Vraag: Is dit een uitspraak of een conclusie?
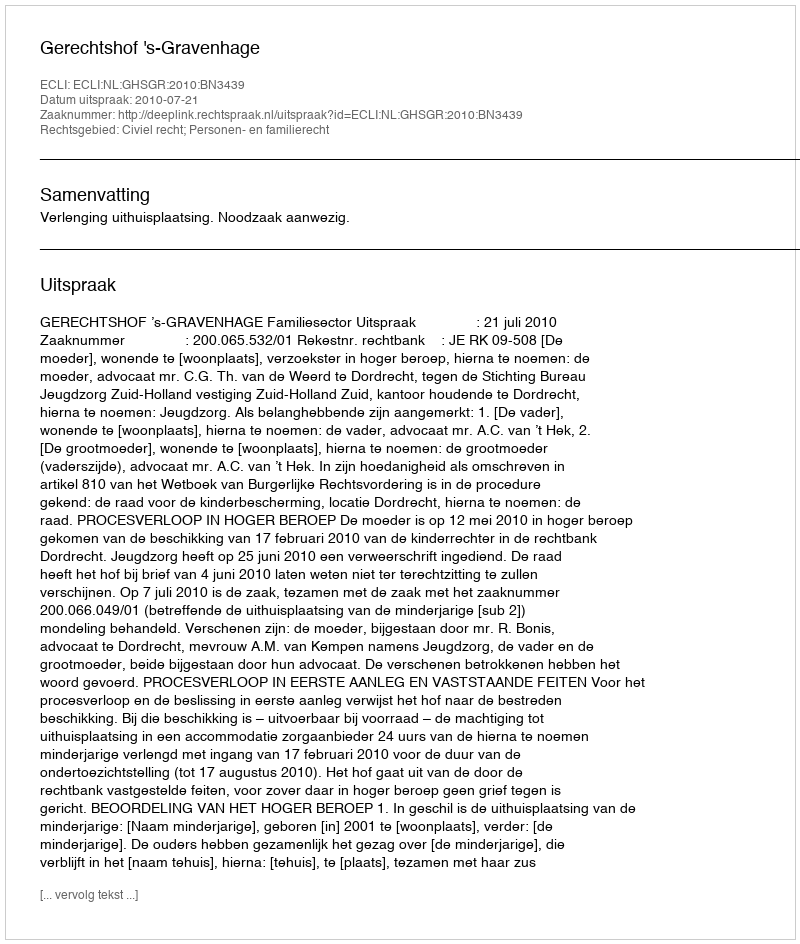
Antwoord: Uitspraak